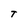
Character: T